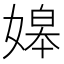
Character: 𡟷